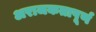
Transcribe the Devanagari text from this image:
अराजकतापूर्ण